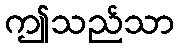
ဤသည်သာ